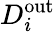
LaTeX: D_{i}^{\mathrm{out}}